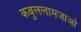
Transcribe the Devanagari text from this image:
कबुललामजाओ